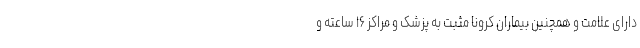
دارای علامت و همچنین بیماران کرونا مثبت به پزشک و مراکز ۱۶ ساعته و